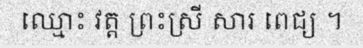
ឈ្មោះ វត្ត ព្រះស្រី សារ ពេជ្យ ។